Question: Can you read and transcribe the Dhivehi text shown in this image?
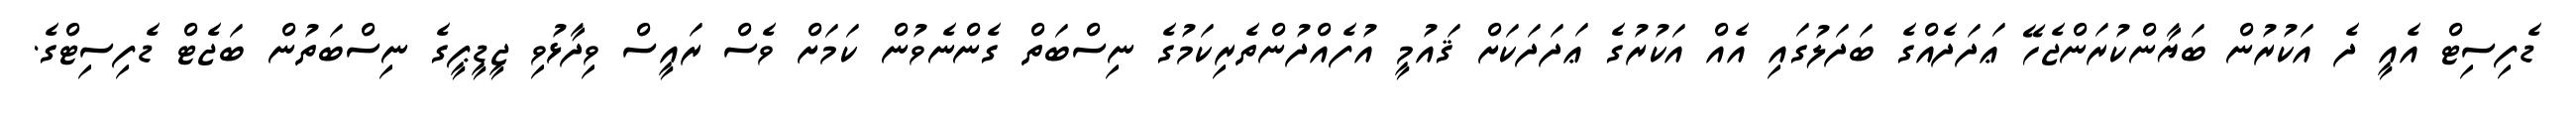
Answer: ޑެފިސިޓް އެއީ ދެ އަކުރުން ބަޔާންކުރަންޖެހޭ ޢަދަދެއްގެ ބަދަލުގައި އެއް އަކުރުގެ ޢަދަދަކަށް ޤައުމީ އުފެއްދުންތެރިކަމުގެ ނިސްބަތް ގެންނެވުން ކަމަށް ވެސް ރައީސް ވިދާޅުވި ޖީޑީޕީގެ ނިސްބަތުން ބަޖެޓް ޑެފިސިޓްގެ.